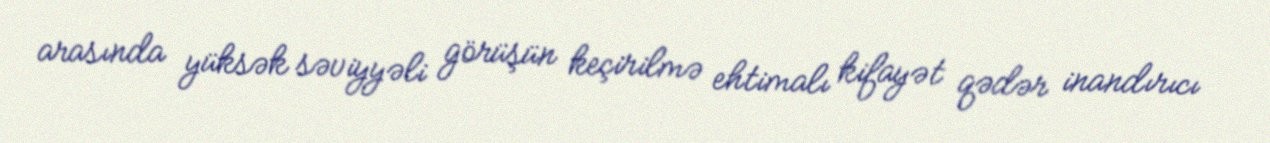
arasında yüksək səviyyəli görüşün keçirilmə ehtimalı kifayət qədər inandırıcı